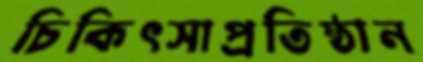
চিকিৎসাপ্রতিষ্ঠান